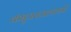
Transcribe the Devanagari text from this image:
कंबुजराजलक्ष्मी